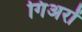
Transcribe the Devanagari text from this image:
गिअरों